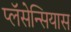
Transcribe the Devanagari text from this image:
प्लॅसेन्सियास